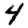
Digit: 4